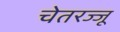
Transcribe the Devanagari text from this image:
चेतरज्जू